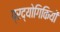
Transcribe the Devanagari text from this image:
प्रद्योगिकियों